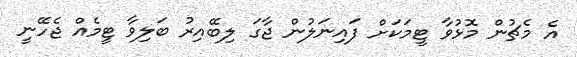
އެ މެޗުން މޮޅުވާ ޓީމަކަށް ފައިނަލުން ޖާގަ ލިބޭއިރު ބަލިވާ ޓީމެއް ޖެހޭނީ